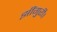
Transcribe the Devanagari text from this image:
झींगुरी।